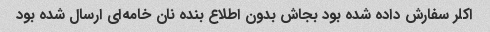
اکلر سفارش داده شده بود بجاش بدون اطلاع بنده نان خامه‌ای ارسال شده بود